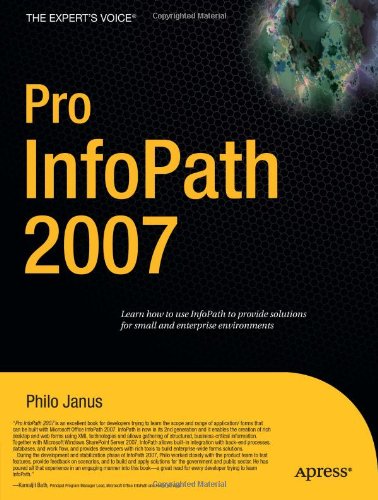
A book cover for Pro InfoPath 2007 (Expert's Voice); Philo Janus; Computers & Technology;